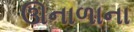
ઊનાળાના